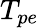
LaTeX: T_{pe}